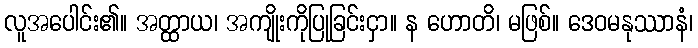
လူအပေါင်း၏။ အတ္ထာယ၊ အကျိုးကိုပြုခြင်းငှာ။ န ဟောတိ၊ မဖြစ်။ ဒေဝမနုဿာနံ၊